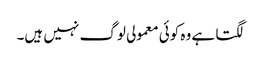
لگتا ہے وہ کوئی معمولی لوگ نہیں ہیں۔